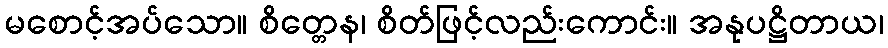
မစောင့်အပ်သော။ စိတ္တေန၊ စိတ်ဖြင့်လည်းကောင်း။ အနုပဋ္ဌိတာယ၊